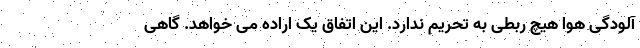
آلودگی هوا هیچ ربطی به تحریم ندارد. این اتفاق یک اراده می خواهد. گاهی